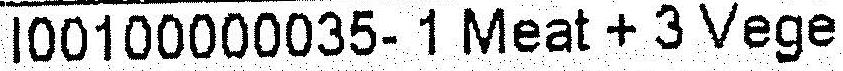
I00100000035- 1 MEAT + 3 VEGE